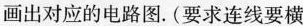
画出对应的电路图。(要求连线要横